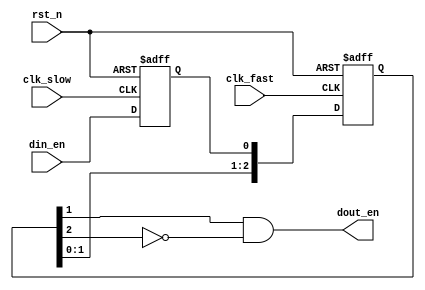
// This program was cloned from: https://github.com/huangxc6/verilog_practice
// License: MIT License

module edge_detect_sync (
	input clk_slow,    // slow Clock
	input clk_fast,    // fast Clock
	input rst_n   ,    // Asynchronous reset active low
	input din_en  ,

	output dout_en
);
	reg din_en_reg ;
	reg [2 : 0] dout_en_reg ;

	always @(posedge clk_slow or negedge rst_n) begin
		if (rst_n == 1'b0) begin
			din_en_reg <= 1'b0 ;
		end
		else begin
			din_en_reg <= din_en ;
		end
	end

	always @(posedge clk_fast or negedge rst_n) begin
		if (rst_n == 1'b0) begin
			dout_en_reg[2:0] <= 3'b000 ;
		end
		else begin
			dout_en_reg[2:0] <= {dout_en_reg[1:0], din_en_reg} ;
		end
	end

	assign dout_en = dout_en_reg[1] && !dout_en_reg[2] ; //rising edge
    // assign dout_en = !dout_en_reg[1] && dout_en_reg[2] ; //falling edge


endmodule